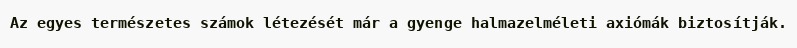
Az egyes természetes számok létezését már a gyenge halmazelméleti axiómák biztosítják.